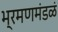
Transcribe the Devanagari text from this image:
भ्रमणमंडळं